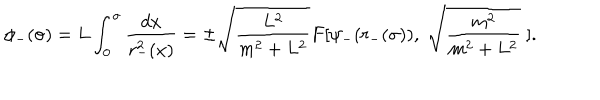
LaTeX: \phi _ { - } ( \sigma ) = L \int _ { 0 } ^ { \sigma } \frac { d x } { r _ { - } ^ { 2 } ( x ) } = \pm \sqrt { \frac { L ^ { 2 } } { m ^ { 2 } + L ^ { 2 } } } F [ \psi _ { - } ( r _ { - } ( \sigma ) ) , \; \sqrt { \frac { m ^ { 2 } } { m ^ { 2 } + L ^ { 2 } } } \; ] .